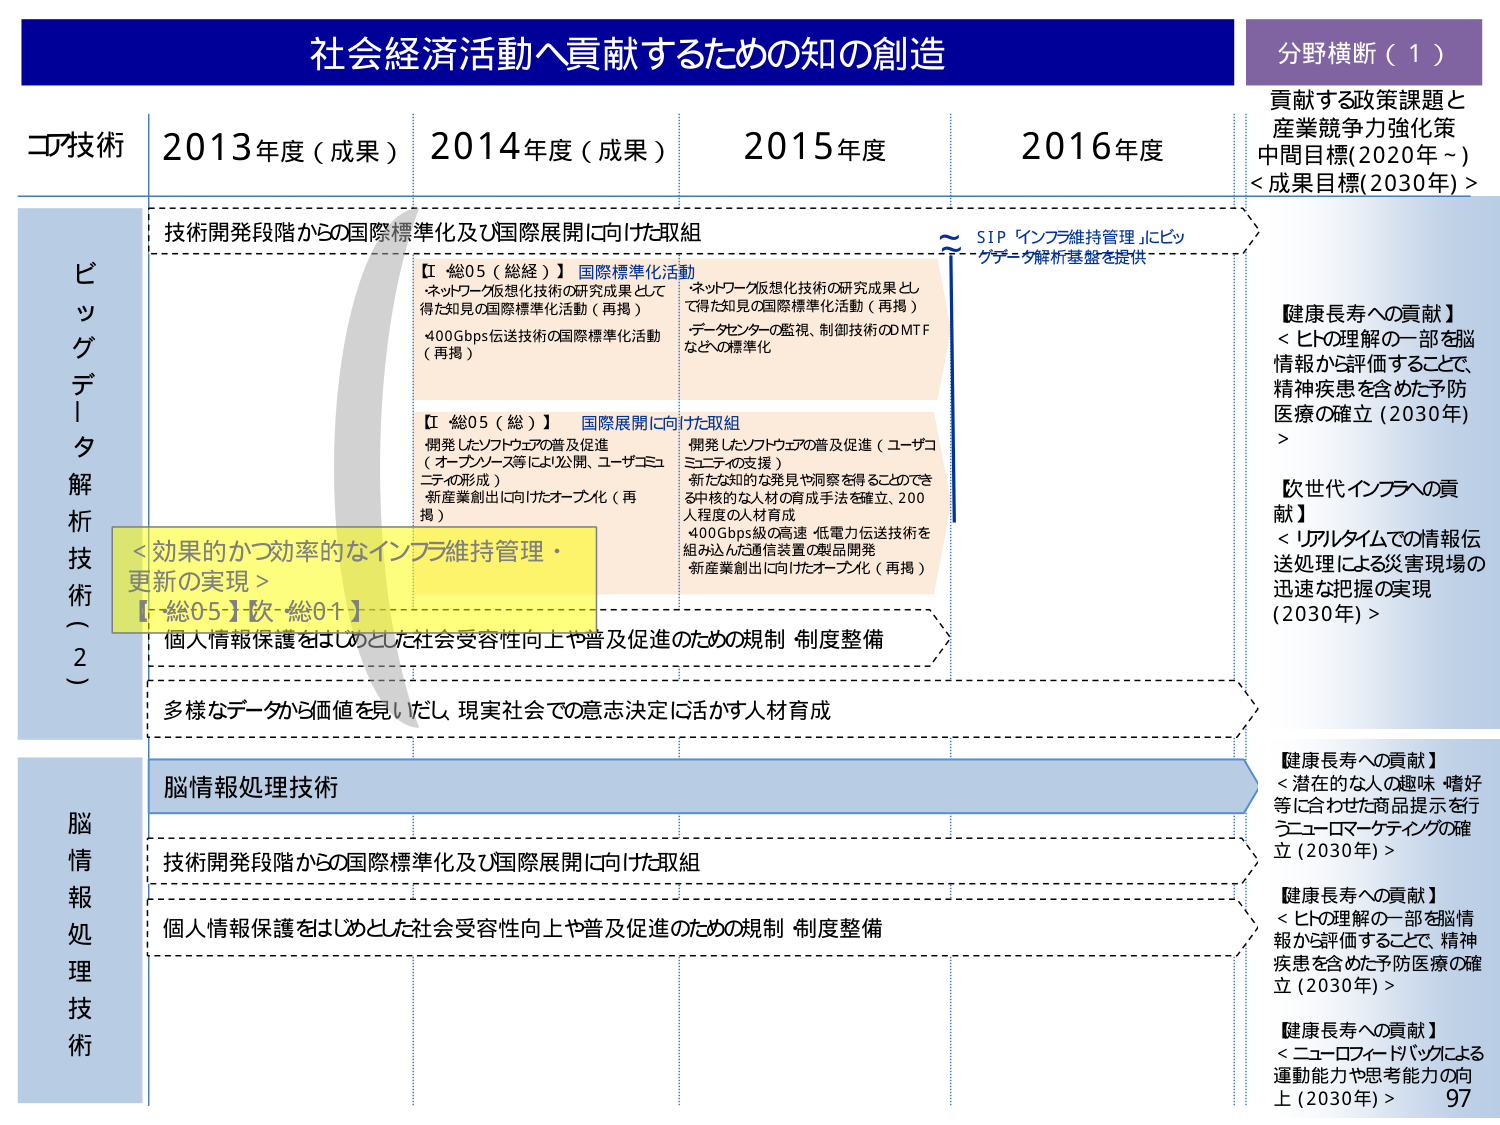
社会経済活動へ貢献するための知の創造

分野横断（1）
貢献する政策課題と
産業競争力強化策
中間目標(2020年～)
<成果目標(2030年)>

コア技術
2013年度（成果）
2014年度（成果）
2015年度
2016年度

ビッグデータ解析技術（2）
技術開発段階からの国際標準化及び国際展開に向けた取組
【Ⅰ 総05（総経）】国際標準化活動
・ネットワーク仮想化技術の研究成果として得た知見の国際標準化活動（再掲）
・400Gbps伝送技術の国際標準化活動（再掲）
【Ⅱ 総05（総）】国際展開に向けた取組
・開発したソフトウェアの普及促進（オープンソース等により公開、ユーザコミュニティの形成）
・新産業創出に向けたオープン化（再掲）
～ SIP「インフラ維持管理」にビッグデータ解析基盤を提供
・ネットワーク仮想化技術の研究成果として得た知見の国際標準化活動（再掲）
・データセンターの監視、制御技術のDMTFなどの標準化
・開発したソフトウェアの普及促進（ユーザコミュニティの支援）
・新たな知的な発見や洞察を得ることのできる中核的な人材の育成手法を確立、200人程度の人材育成
・400Gbps級の高速・低電力伝送技術を組み込んだ通信装置の製品開発
・新産業創出に向けたオープン化（再掲）

<効果的かつ効率的なインフラ維持管理・更新の実現>
【総05】欧-総01】
個人情報保護をはじめとした社会受容性向上や普及促進のための規制・制度整備
多様なデータから価値を見いだし、現実社会での意志決定に活かす人材育成

脳情報処理技術
技術開発段階からの国際標準化及び国際展開に向けた取組
個人情報保護をはじめとした社会受容性向上や普及促進のための規制・制度整備

【健康長寿への貢献】
<ヒトの理解の一部を脳情報から評価することで、精神疾患を含めた予防医療の確立（2030年）>
【次世代インフラへの貢献】
<リアルタイムでの情報伝送処理による災害現場の迅速な把握の実現（2030年）>
【健康長寿への貢献】
<潜在的な人の趣味・嗜好等に合わせた商品提示を行うニューマーケティングの確立（2030年）>
【健康長寿への貢献】
<ヒトの理解の一部を脳情報から評価することで、精神疾患を含めた予防医療の確立（2030年）>
【健康長寿への貢献】
<ニューロフィードバックによる運動能力や思考能力の向上（2030年）>

97